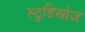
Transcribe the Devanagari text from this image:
स्टुडिओज़